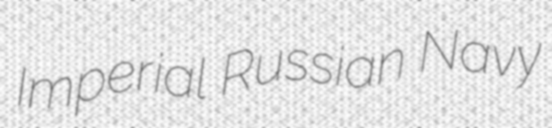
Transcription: Imperial Russian Navy